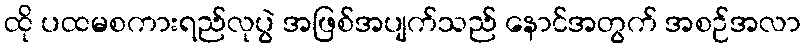
ထို ပထမစကားရည်လုပွဲ အဖြစ်အပျက်သည် နောင်အတွက် အစဉ်အလာ